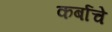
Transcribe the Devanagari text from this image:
कर्बाचे